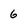
Character: 6